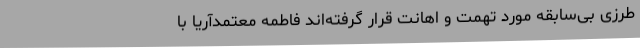
طرزی بی‌سابقه مورد تهمت و اهانت قرار گرفته‌اند فاطمه معتمدآریا با